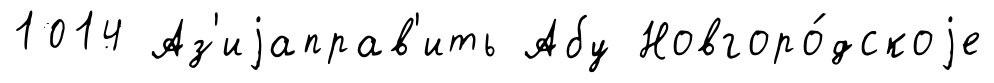
1014 Аз'иjаправ'ить Абу Новгоро́дскоjе